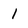
Character: 1